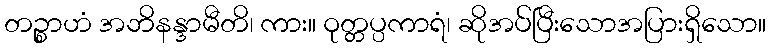
တဉ္စာဟံ အဘိနန္ဒာမီတိ၊ ကား။ ဝုတ္တပ္ပကာရံ၊ ဆိုအပ်ပြီးသောအပြားရှိသော။